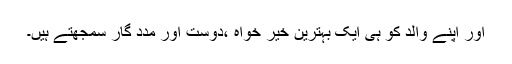
اور اپنے والد کو ہی ایک بہترین خیر خواہ ،دوست اور مدد گار سمجھتے ہیں۔